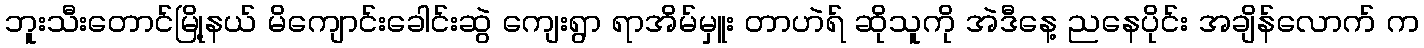
ဘူးသီးတောင်မြို့နယ် မိကျောင်းခေါင်းဆွဲ ကျေးရွာ ရာအိမ်မှူး တာဟဲရ် ဆိုသူကို အဲဒီနေ့ ညနေပိုင်း အချိန်လောက် က